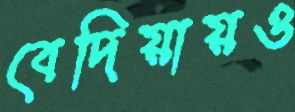
বেদিয়ায়ও